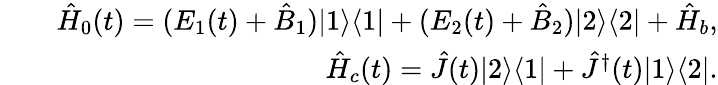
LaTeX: \begin{array}{rlr}&{}&{\hat{H}_{0}(t)=(E_{1}(t)+\hat{B}_{1})|1\rangle\langle 1|+(E_{2}(t)+\hat{B}_{2})|2\rangle\langle 2|+\hat{H}_{b},}\\ &{}&{\hat{H}_{c}(t)=\hat{J}(t)|2\rangle\langle 1|+\hat{J}^{\dagger}(t)|1\rangle\langle 2|.}\end{array}